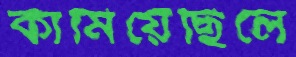
কামিয়েছিলে